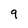
Character: 9